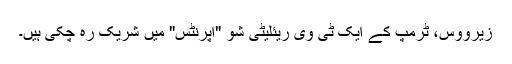
زیرووس، ٹرمپ کے ایک ٹی وی ریئلیٹی شو "اپرنٹس" میں شریک رہ چکی ہیں۔